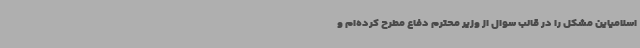
اسلامیاین مشکل را در قالب سوال از وزیر محترم دفاع مطرح کرده‌ام و